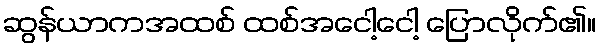
ဆွန်ယာကအထစ် ထစ်အငေါ့ငေါ့ ပြောလိုက်၏။